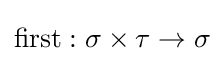
\mathrm {first} :\sigma \times \tau \to \sigma